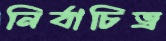
নির্বাচিত্র